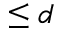
\leq d